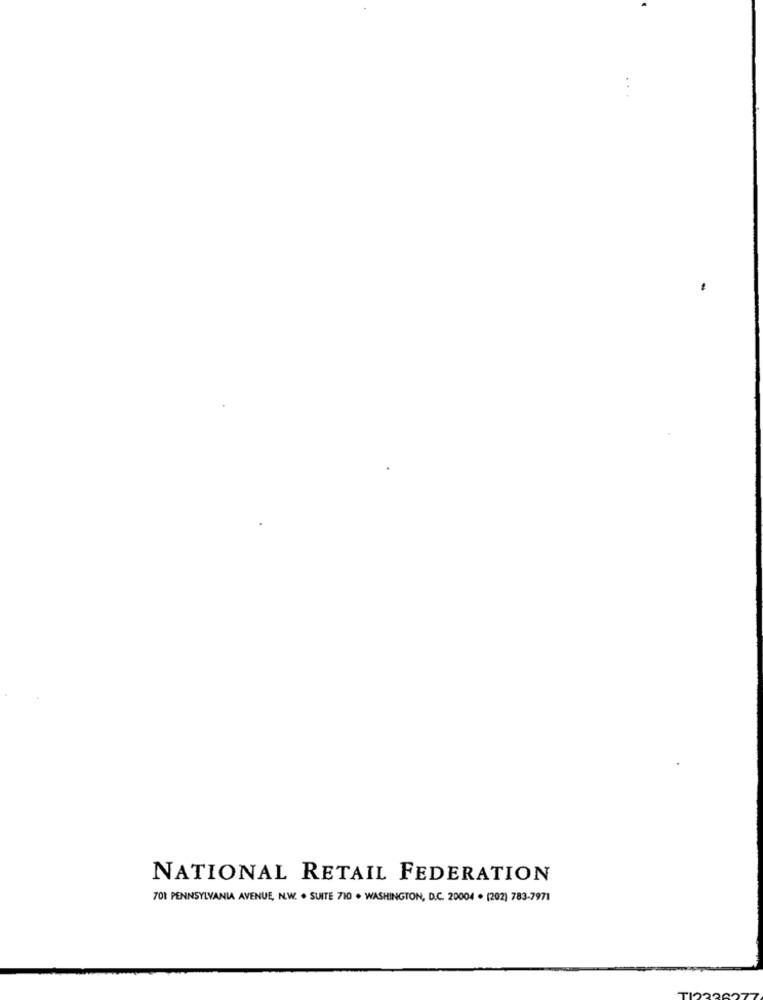
NATIONAL RETAIL FEDERATION
701 PENNSYLVANIA AVENUE, N.W. . SUITE 710 . WASHINGTON, D.C. 20004 · (202) 783-7971